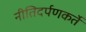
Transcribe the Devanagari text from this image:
नीतिदर्पणकर्ते